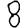
Digit: 8